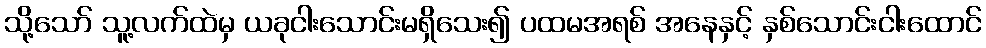
သို့သော် သူ့လက်ထဲမှ ယခုငါးသောင်းမရှိသေး၍ ပထမအရစ် အနေနှင့် နှစ်သောင်းငါးထောင်